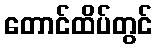
တောင်ထိပ်တွင်